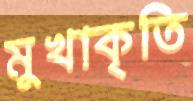
মুখাকৃতি